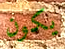
يكون